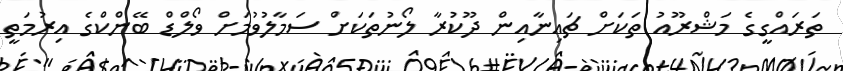
ތަަރައްގީގެ މަޝްރޫއު ތަކަށް ޗައިނާއިން ދޫކުރާ ލޯނުތަކަށް ސަމާލުވުމަށް ވޯލްޑް ބޭންކްގެ އިރުމަތީ